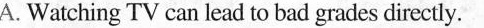
A. Watching TV can lead to bad grades directly.